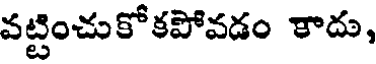
వట్టించుకోకపోవడం కాదు,